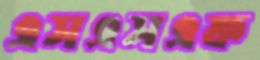
এসএসএফ